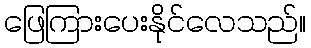
ဖြေကြားပေးနိုင်လေသည်။